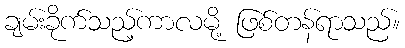
ချမ်းခိုက်သည့်ကာလမို့ ဖြစ်တန်ရာသည်။